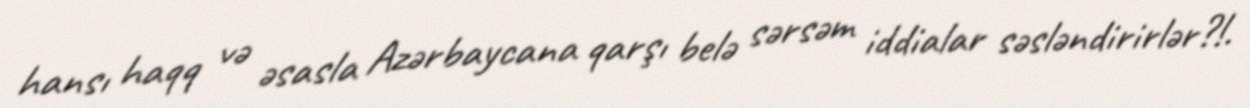
hansı haqq və əsasla Azərbaycana qarşı belə sərsəm iddialar səsləndirirlər?!.